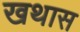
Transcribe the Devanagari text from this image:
खथास